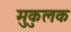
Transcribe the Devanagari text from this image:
मुकुलक